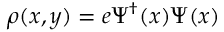
\rho ( x , y ) = e \Psi ^ { \dagger } ( x ) \Psi ( x )